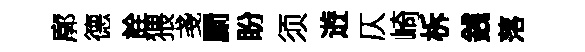
廓德詮猥戔罽盼须逰仄崎柝銭落